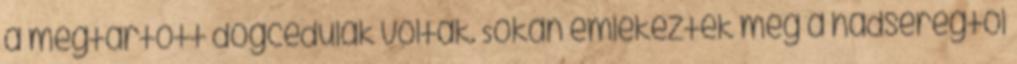
a megtartott dögcédulák voltak. Sokan emlékeztek még a hadseregtől